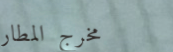
مخرج المطار